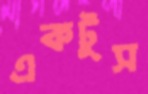
একটুস